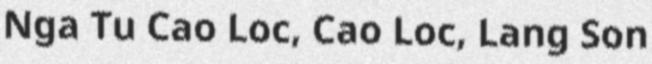
Nga Tu Cao Loc, Cao Loc, Lang Son